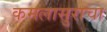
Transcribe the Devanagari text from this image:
कमलासुराचा